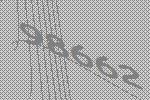
98662